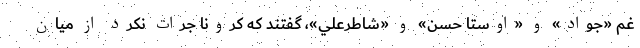
غم «جواد» و «اوستا حسن» و «شاطرعلي»، گفتند كه كرونا جرات نكرد از ميان